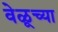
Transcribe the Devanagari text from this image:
वेळूच्या